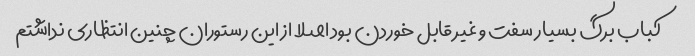
کباب برگ بسیار سفت و غیر قابل خوردن بود اصلا از این رستوران چنین انتظاری نداشتم